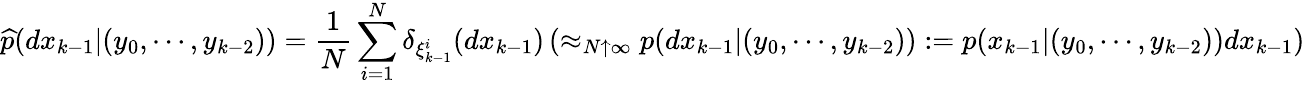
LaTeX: {\widehat{p}}(dx_{k-1}|(y_{0},\cdots,y_{k-2}))={\frac{1}{N}}\sum_{i=1}^{N}\delta_{\xi_{k-1}^{i}}(dx_{k-1})\left(\approx_{N\uparrow\infty}p(dx_{k-1}|(y_{0},\cdots,y_{k-2})):={p}(x_{k-1}|(y_{0},\cdots,y_{k-2}))dx_{k-1}\right)